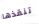
تنقذها